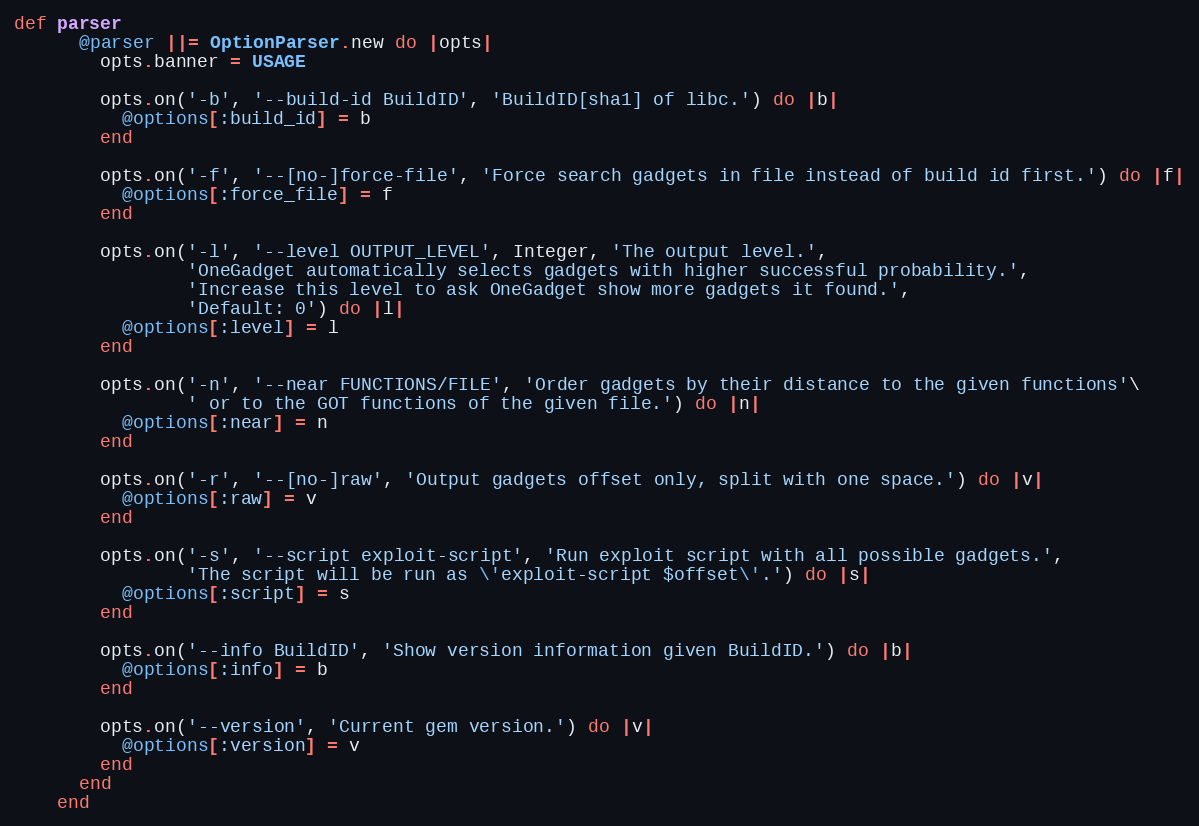
Language: Ruby
def parser
      @parser ||= OptionParser.new do |opts|
        opts.banner = USAGE

        opts.on('-b', '--build-id BuildID', 'BuildID[sha1] of libc.') do |b|
          @options[:build_id] = b
        end

        opts.on('-f', '--[no-]force-file', 'Force search gadgets in file instead of build id first.') do |f|
          @options[:force_file] = f
        end

        opts.on('-l', '--level OUTPUT_LEVEL', Integer, 'The output level.',
                'OneGadget automatically selects gadgets with higher successful probability.',
                'Increase this level to ask OneGadget show more gadgets it found.',
                'Default: 0') do |l|
          @options[:level] = l
        end

        opts.on('-n', '--near FUNCTIONS/FILE', 'Order gadgets by their distance to the given functions'\
                ' or to the GOT functions of the given file.') do |n|
          @options[:near] = n
        end

        opts.on('-r', '--[no-]raw', 'Output gadgets offset only, split with one space.') do |v|
          @options[:raw] = v
        end

        opts.on('-s', '--script exploit-script', 'Run exploit script with all possible gadgets.',
                'The script will be run as \'exploit-script $offset\'.') do |s|
          @options[:script] = s
        end

        opts.on('--info BuildID', 'Show version information given BuildID.') do |b|
          @options[:info] = b
        end

        opts.on('--version', 'Current gem version.') do |v|
          @options[:version] = v
        end
      end
    end